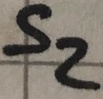
Text: S2